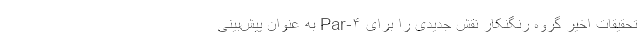
تحقیقات اخیر گروه رنگنکار نقش جدیدی را برای Par-۴ به‌ عنوان پیش‌بینی‌